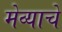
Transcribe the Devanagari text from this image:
मेव्याचे